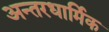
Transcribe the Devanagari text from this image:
अन्तरधार्मिक